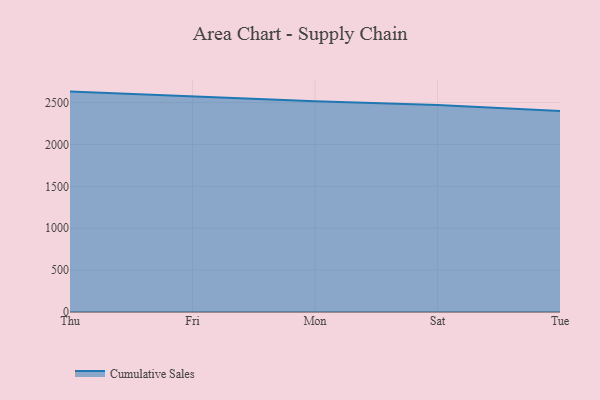
{"axis": {"x": "Day", "y": "Demand Index"}, "legend": ["Cumulative Sales"], "data": [{"x": "Thu", "y": 2631.3, "type": "Cumulative Sales"}, {"x": "Fri", "y": 2575.3, "type": "Cumulative Sales"}, {"x": "Mon", "y": 2514.8, "type": "Cumulative Sales"}, {"x": "Sat", "y": 2470.9, "type": "Cumulative Sales"}, {"x": "Tue", "y": 2399.8, "type": "Cumulative Sales"}]}